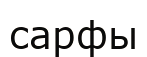
сарфы